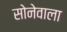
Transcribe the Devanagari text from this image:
सोनेवाला